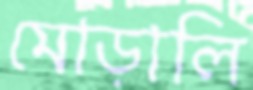
মোড়ালি